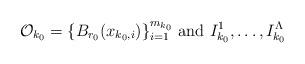
LaTeX: \begin{align*}{\mathcal O}_{k_0}=\{ B_{r_0}(x_{{k_0},i})\}_{i=1}^{m_{k_0}}\mbox{ and } I^1_{k_0}, \dots, I^{\Lambda}_{k_0} \end{align*}